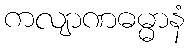
ကလျာဏဓမ္မာနံ